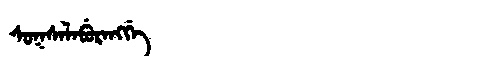
Manchu: ᠰᡠᡴᠰᠠᠯᠠᠪᡠᡵᠠᠩᡤᡝ
Romanization: SUKSALABURANGGE